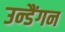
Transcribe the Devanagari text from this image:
उन्डैंगन